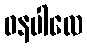
ဓနပါလေ